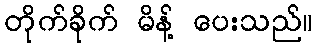
တိုက်ခိုက် မိန့် ပေးသည်။